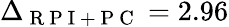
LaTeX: \Delta_{\mathrm{~R~P~I~+~P~C~}}=2.96